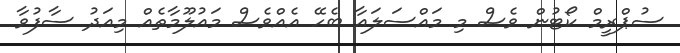
ސުޕްރީމް ކޯޓުން ވެސް މި މައްސަލައާ ބެހޭ އެއްވެސް މައުލޫމާތެއް މިއަދު ސާފުވާ